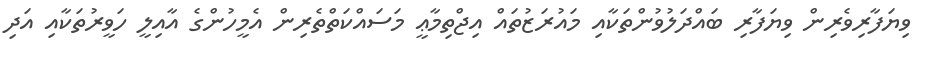
ވިޔަފާރިވެރިން ވިޔަފާރި ބައްދަލުވުންތަކާއި މައުރަޒުތައް އިޖްތިމާޢީ މަސައްކަތްތެރިން އެމީހުންގެ އާއިލީ ހަވީރުތަކާއި އަދި